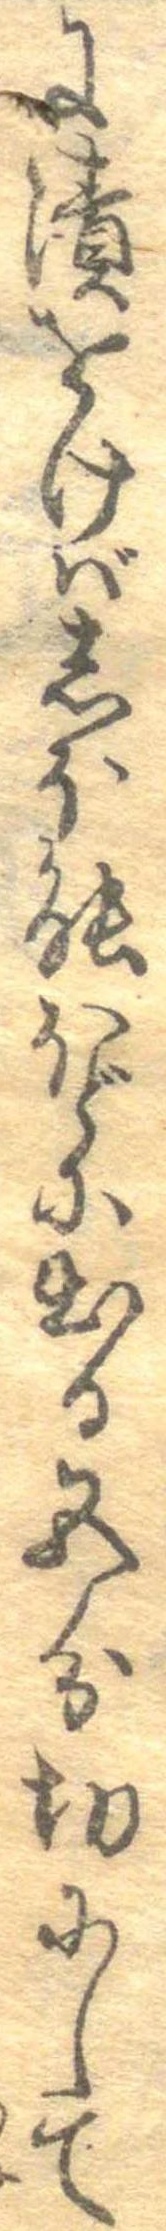
に漬をけばしほ能ほどに出る五分切にして